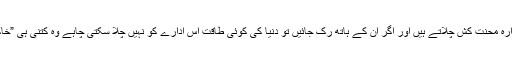
پی آئی اے کا ادارہ محنت کش چلاتے ہیں اور اگر ان کے ہاتھ رک جائیں تو دنیا کی کوئی طاقت اس ادارے کو نہیں چلا سکتی چاہے وہ کتنی ہی ”خاکی“ کیوں نہ ہو۔